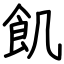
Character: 飢